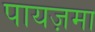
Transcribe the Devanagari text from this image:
पायज़मा